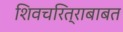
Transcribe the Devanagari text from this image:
शिवचरित्राबाबत